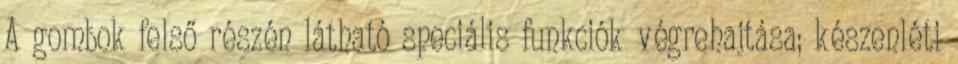
A gombok felső részén látható speciális funkciók végrehajtása; készenléti